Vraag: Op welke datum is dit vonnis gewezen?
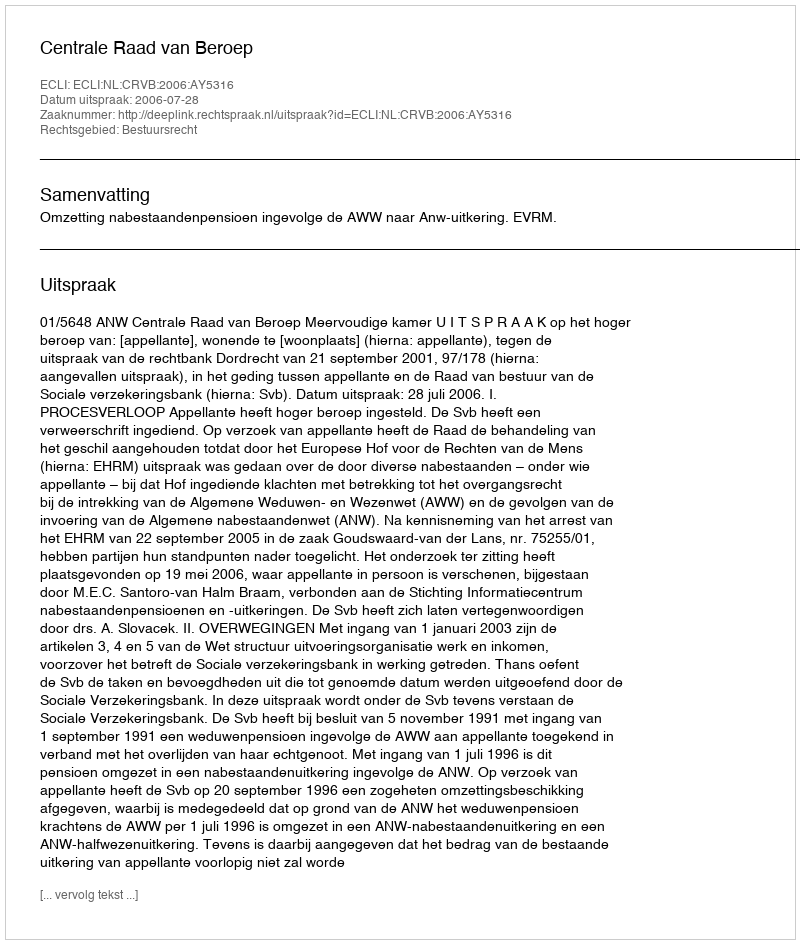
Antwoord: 2006-07-28